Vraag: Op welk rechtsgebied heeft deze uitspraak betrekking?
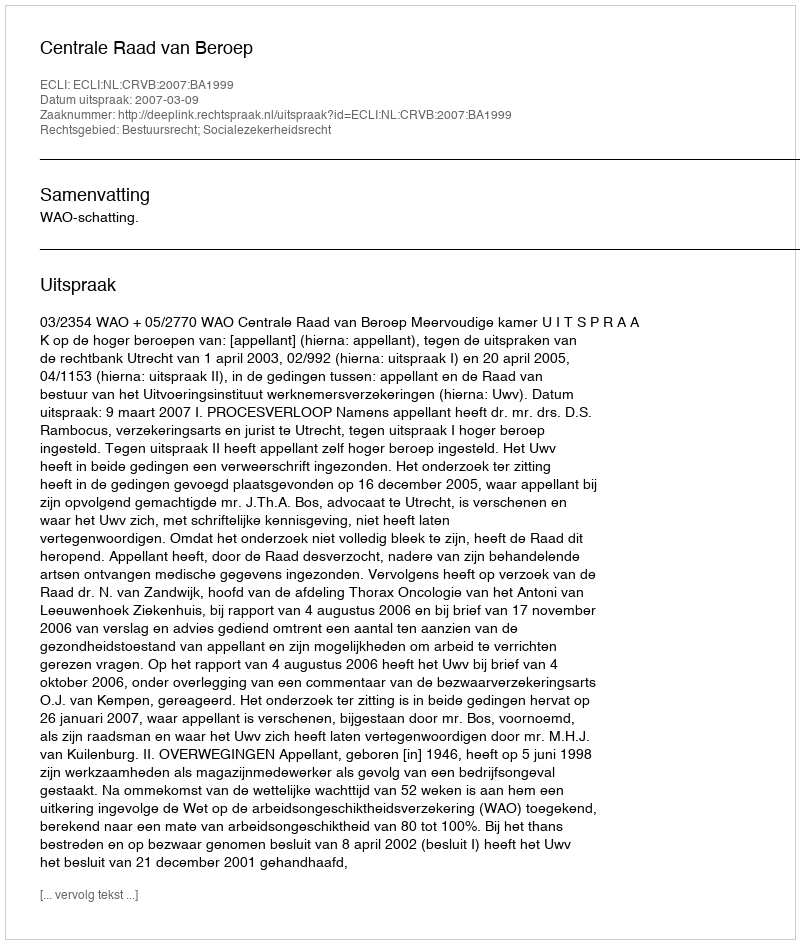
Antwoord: Bestuursrecht; Socialezekerheidsrecht